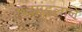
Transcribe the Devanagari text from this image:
छदमंडलाने